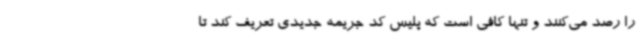
را رصد می‌کنند و تنها کافی است که پلیس کد جریمه جدیدی تعریف کند تا